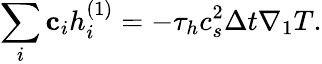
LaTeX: \sum_{i}{{{\mathbf{c}}_{i}}h_{i}^{\left(1\right)}}=-{\tau_{h}}c_{s}^{2}\Delta t{\nabla_{1}}T.